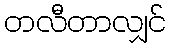
တလီတာလျှင်